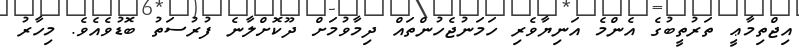
އިޖްތިމާޢީ ތަރުތީބުގެ އެންމެ އަނިޔާވެރި ހަމަނުޖެހުންތައް ދިމާވުމަށް ދޫކޮށްލާނެ ފުރުސަތު ބޮޑުވެއެވެ. މިހާރު